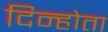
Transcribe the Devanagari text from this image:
दिन्होता